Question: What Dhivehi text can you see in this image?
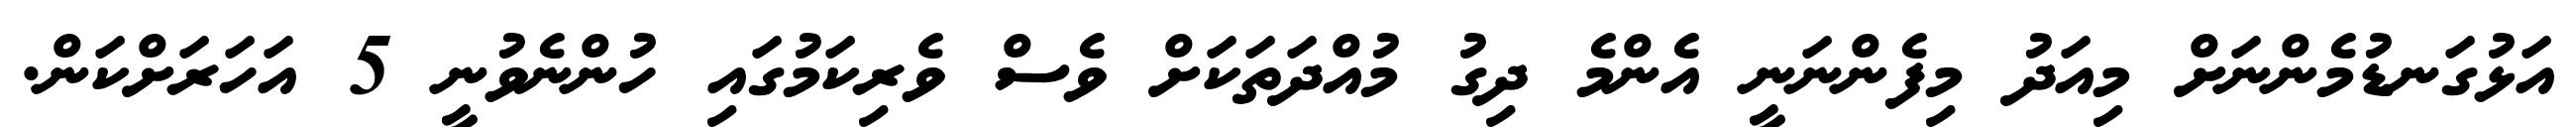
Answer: އަޅުގަނޑުމެންނަށް މިއަދު މިފެންނަނީ އެންމެ ދިގު މުއްދަތަކަށް ވެސް ވެރިކަމުގައި ހުންނެވުނީ 5 އަހަރަށްކަން.